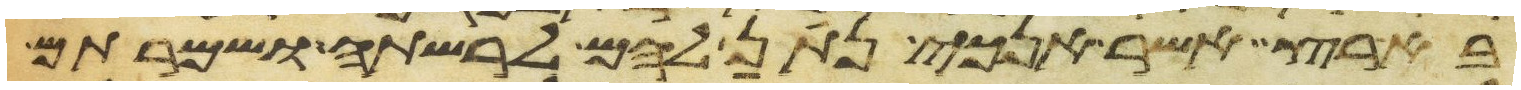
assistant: בארץ אשר אנכי נתן להם לרשתה ושמרתם